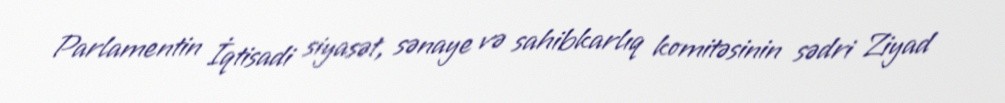
Parlamentin İqtisadi siyasət, sənaye və sahibkarlıq komitəsinin sədri Ziyad